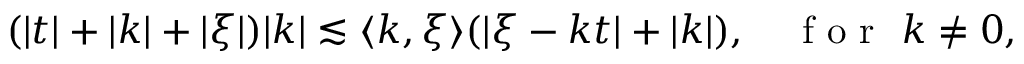
\begin{array} { r } { ( | t | + | k | + | \xi | ) | k | \lesssim \langle k , \xi \rangle ( | \xi - k t | + | k | ) , \quad \mathrm { ~ f ~ o ~ r ~ } \ k \neq 0 , } \end{array}